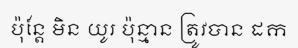
ប៉ុន្តែ មិន យូរ ប៉ុន្មាន ត្រូវបាន ដក